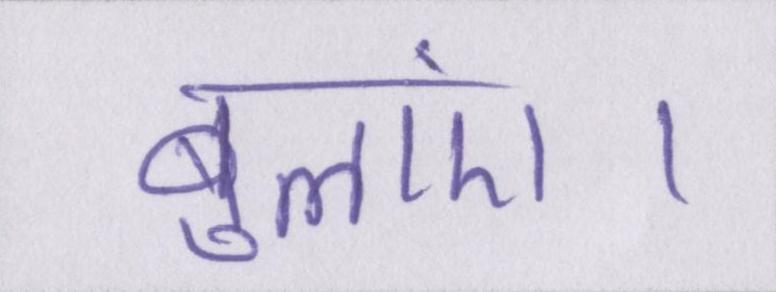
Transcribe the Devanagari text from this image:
बुलाएं।